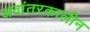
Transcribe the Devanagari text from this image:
अवांतरकालीन